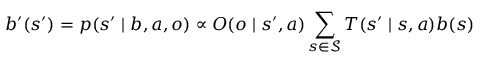
b ^ { \prime } ( s ^ { \prime } ) = p ( s ^ { \prime } \mid b , a , o ) \propto O ( o \mid s ^ { \prime } , a ) \sum _ { s \in \mathcal { S } } T ( s ^ { \prime } \mid s , a ) b ( s )